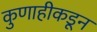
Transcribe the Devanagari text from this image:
कुणाहीकडून